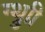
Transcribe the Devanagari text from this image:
ग्थ्रुाी